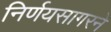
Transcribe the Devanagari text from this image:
निर्णयसागरने